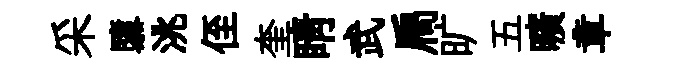
采隳洮侄奎睛武扃旷五曠章